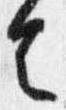
者